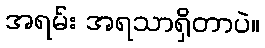
အရမ်း အရသာရှိတာပဲ။